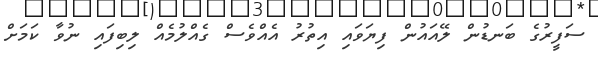
ސަފީރުގެ ބަނޑުން ލޭއައުން ފިޔަވައި އިތުރު އެއްވެސް ގެއްލުމެއް ލިބިފައި ނުވާ ކަމަށް